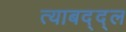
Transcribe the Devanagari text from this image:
त्याबद्द्ल